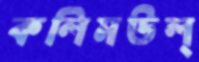
কলিমউল্